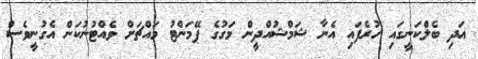
އަދި ބެލްކަނީގައި ހުރެފައި އެނާ ޝަމްޝުއްދީން މަގުގެ ޕޭމަންޓު މައްޗަށް ވެއްޓުނުކަން އެގުނީވެސް